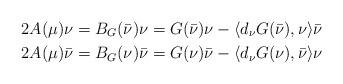
LaTeX: \begin{align*}2A(\mu)\nu&=B_G(\bar \nu)\nu=G(\bar \nu) \nu-\langle d_\nu G(\bar \nu),\nu\rangle \bar \nu\\2A(\mu)\bar \nu&=B_G( \nu)\bar \nu=G( \nu) \bar \nu-\langle d_\nu G(\nu),\bar \nu\rangle \nu\end{align*}